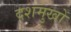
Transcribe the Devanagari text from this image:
दशमुखों